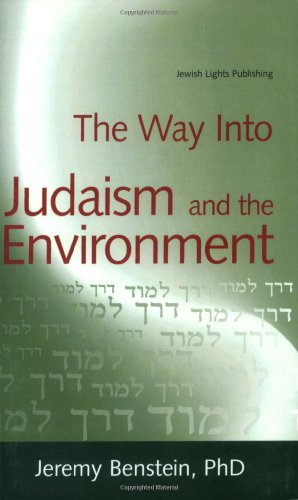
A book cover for The Way into Judaism and the Environment; Jeremy Benstein PhD; Religion & Spirituality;